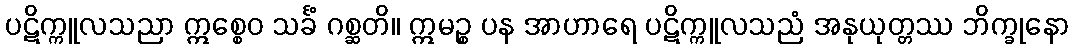
ပဋိက္ကူလသညာ ဣစ္စေဝ သင်္ခံ ဂစ္ဆတိ။ ဣမဉ္စ ပန အာဟာရေ ပဋိက္ကူလသညံ အနုယုတ္တဿ ဘိက္ခုနော